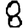
Digit: 8